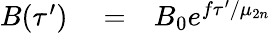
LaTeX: \begin{array}{rlr}{B(\tau^{\prime})}&{{}=}&{B_{0}e^{f\tau^{\prime}/\mu_{2n}}}\end{array}